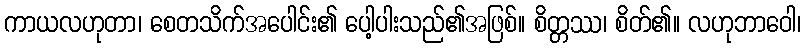
ကာယလဟုတာ၊ စေတသိက်အပေါင်း၏ ပေါ့ပါးသည်၏အဖြစ်။ စိတ္တဿ၊ စိတ်၏။ လဟုဘာဝေါ၊